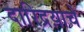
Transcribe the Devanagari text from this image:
दारिद्रय़ाचे